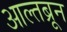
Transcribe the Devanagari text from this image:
आल्तब्रून